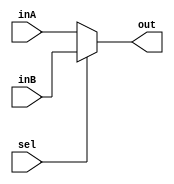
`timescale 1ns / 1ps
//////////////////////////////////////////////////////////////////////////////////
// Company: 
// Engineer: 
// 
// Design Name: 
// Module Name: Mux1bit2to1
// Project Name: 
// Target Devices: 
// Tool Versions: 
// Description: 
// 
// Dependencies: 
// 
// Revision:
// Revision 0.01 - File Created
// Additional Comments:
// 
//////////////////////////////////////////////////////////////////////////////////


module Mux1bit2to1(out, inA, inB, sel);
    output reg [31:0] out;

    input [31:0] inA;
    input [31:0] inB;
    input sel;

/* Fill in the implementation here ... */ 

always @ (sel, inA, inB) begin
    if (sel == 0)   begin
        out <= inA;
    end
    else begin
        out <= inB;
    
    end
end

endmodule